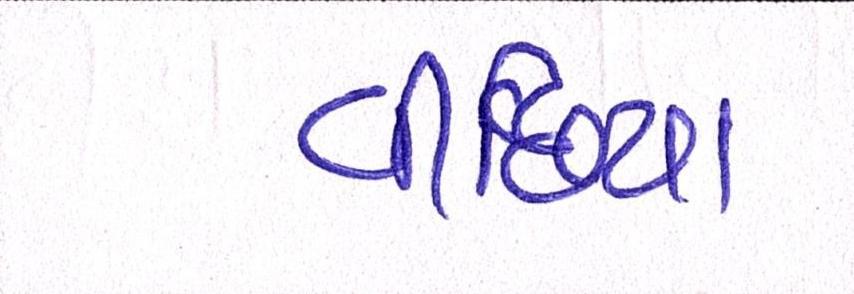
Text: વીંછિયા